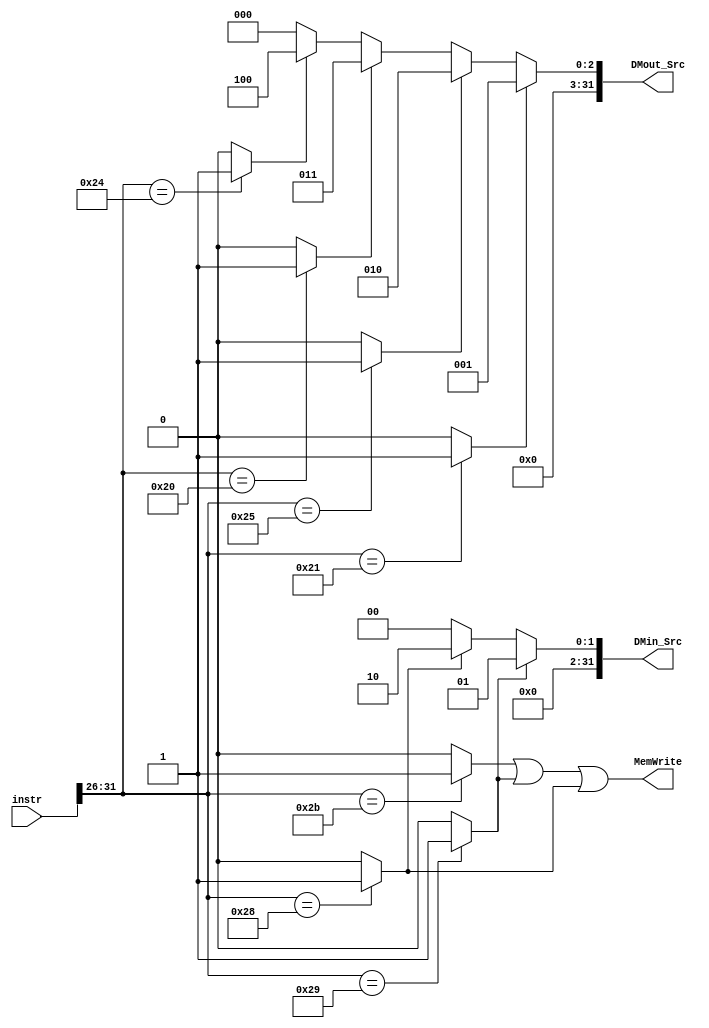
`timescale 1ns / 1ps
//////////////////////////////////////////////////////////////////////////////////
// Company: 
// Engineer: 
// 
// Design Name: 
// Module Name:    Con_M 
// Project Name: 
// Target Devices: 
// Tool versions: 
// Description: 
//
// Dependencies: 
//
// Revision: 
// Revision 0.01 - File Created
// Additional Comments: 
//
//////////////////////////////////////////////////////////////////////////////////
`define op 31:26
`define func 5:0
module Con_M(
	 input [31:0] instr,
	 output MemWrite,
	 output [31:0] DMin_Src,
	 output [31:0] DMout_Src
    );
	 
	 wire lw,sw,sh,sb,lh,lhu,lb,lbu;
	 
	 assign lw=(instr[`op]==6'b100011)?1'b1:1'b0;
	 assign sw=(instr[`op]==6'b101011)?1'b1:1'b0;
	 assign sh=(instr[`op]==6'b101001)?1'b1:1'b0;
	 assign sb=(instr[`op]==6'b101000)?1'b1:1'b0;
	 assign lh=(instr[`op]==6'b100001)?1'b1:1'b0;
	 assign lhu=(instr[`op]==6'b100101)?1'b1:1'b0;
	 assign lb=(instr[`op]==6'b100000)?1'b1:1'b0;
	 assign lbu=(instr[`op]==6'b100100)?1'b1:1'b0;

	 assign MemWrite=sw|sh|sb;
	 assign DMin_Src=(sh)?1:
						  (sb)?2:0;
	 assign DMout_Src=(lh)?1:
	                  (lhu)?2:
							(lb)?3:
							(lbu)?4:0;

endmodule